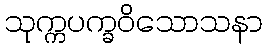
သုက္ကပက္ခဝိသောသနာ